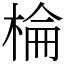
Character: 棆